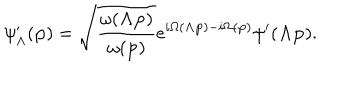
LaTeX: \psi _ { \Lambda } ^ { \prime } ( { \bf p } ) = \sqrt { \frac { \omega ( { { \bf \Lambda p } } ) } { \omega ( { \bf p } ) } } e ^ { i \Omega ( { \bf \Lambda p } ) - i \Omega ( { \bf p } ) } \psi ^ { \prime } ( { \bf \Lambda p } ) .